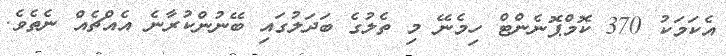
އެކަމަކު 370 ކޮމްޕޮނެންޓް ހިމެނޭ މި ތެލުގެ ބަދަލުގައި ބޭނުންކުރާނެ އެއްޗެއް ނެތެވެ.